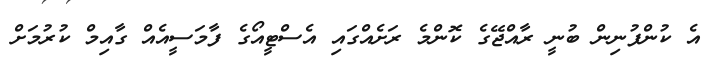
އެ ކުންފުނިން ބުނީ ރާއްޖޭގެ ކޮންމެ ރަށެއްގައި އެސްޓީއޯގެ ފާމަސީއެއް ގާއިމް ކުރުމަށް